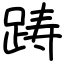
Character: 踌